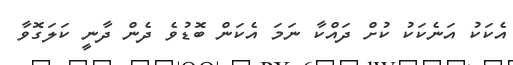
އެކަކު އަނެކަކު ކުށް ދައްކާ ނަމަ އެކަން ބޮޑުވެ ދެން ދާނީ ކަލަގޮވާ